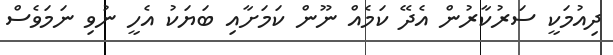
ދިއުމަކީ ސަރުކާރުން އެދޭ ކަމެއް ނޫން ކަމަށާއި ބަޔަކު އެހީ ނުވި ނަމަވެސް